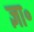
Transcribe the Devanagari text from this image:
ज्ञा॰